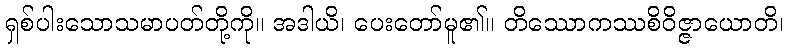
ရှစ်ပါးသောသမာပတ်တို့ကို။ အဒါယိ၊ ပေးတော်မူ၏။ တိဿောကဿစိဝိဇ္ဇာယောတိ၊